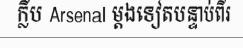
ក្លឹប Arsenal ម្តងទៀតបន្ទាប់ពីរ